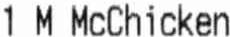
1 M MCCHICKEN